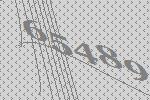
65489